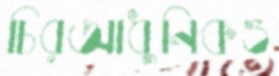
চিরআধুনিকও